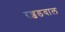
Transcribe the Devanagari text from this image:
रज्जडवाल